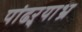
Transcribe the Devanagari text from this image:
पांढऱ्र्‍याभ्र